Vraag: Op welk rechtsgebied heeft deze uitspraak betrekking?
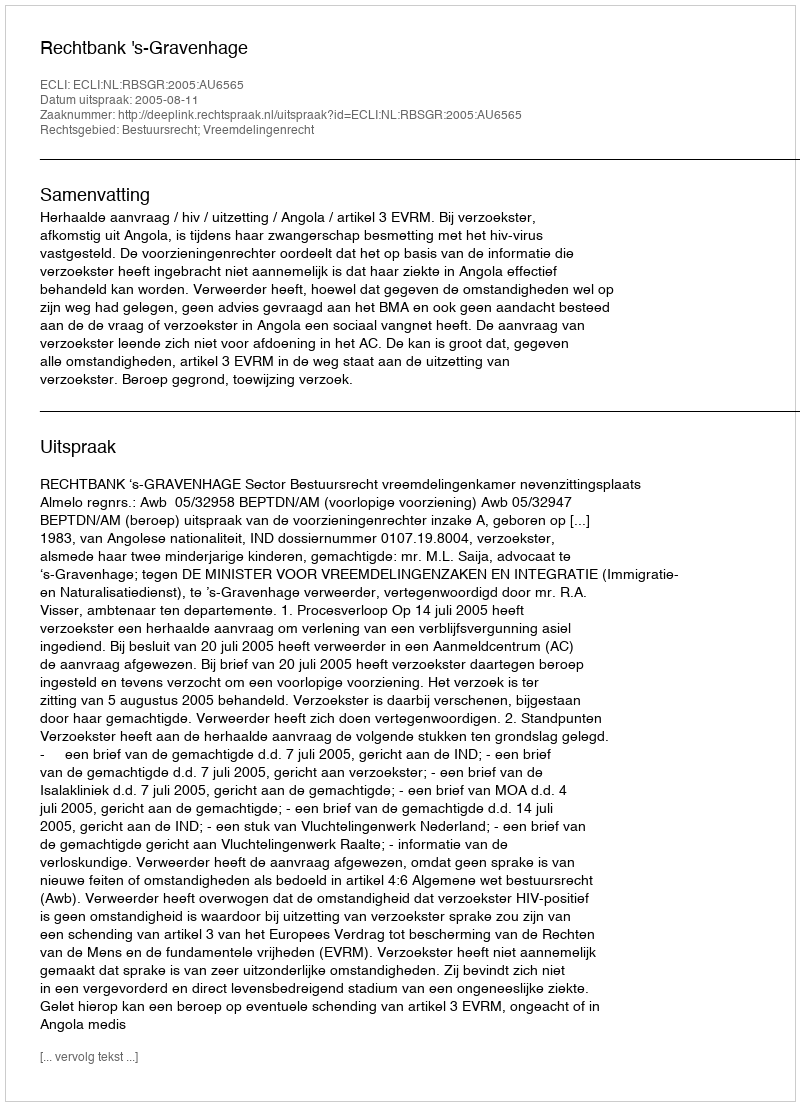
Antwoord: Bestuursrecht; Vreemdelingenrecht